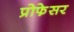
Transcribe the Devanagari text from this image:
प्रोफे़सर